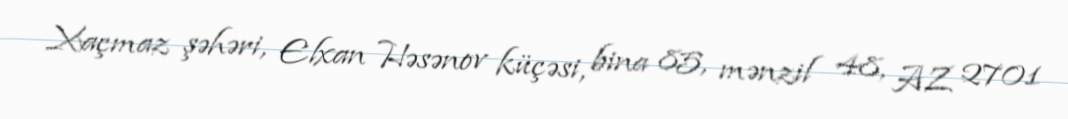
Xaçmaz şəhəri, Elxan Həsənov küçəsi, bina 85, mənzil 48, AZ 2701